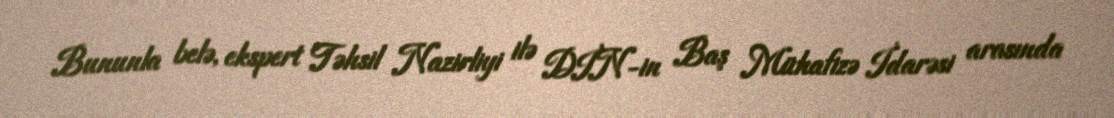
Bununla belə, ekspert Təhsil Nazirliyi ilə DİN-in Baş Mühafizə İdarəsi arasında